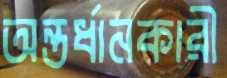
অন্তর্ধানকারী